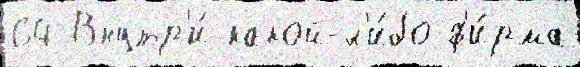
64 Внутр'и́ какой-л'и́бо ф'и́рма